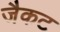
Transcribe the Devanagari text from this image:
जैकट